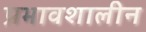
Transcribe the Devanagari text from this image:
प्रभावशालीन